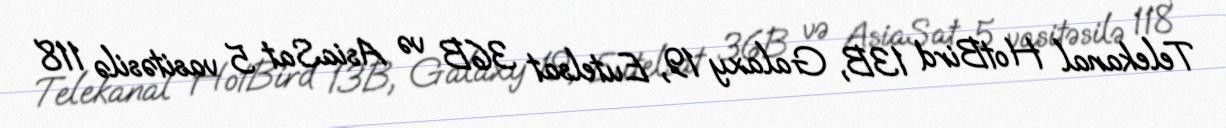
Telekanal HotBird 13B, Galaxy 19, Eutelsat 36B və AsiaSat 5 vasitəsilə 118